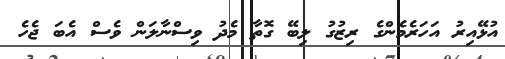
އުޅޭއިރު އަހަރެމެންގެ ރިޒުގު ލިބޭ ގޮތާ މެދު ވިސްނާލަން ވެސް އެބަ ޖެހެ